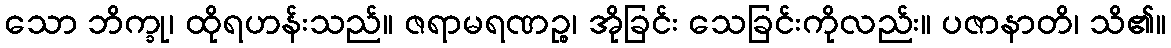
သော ဘိက္ခု၊ ထိုရဟန်းသည်။ ဇရာမရဏဉ္စ၊ အိုခြင်း သေခြင်းကိုလည်း။ ပဇာနာတိ၊ သိ၏။